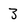
Character: 3